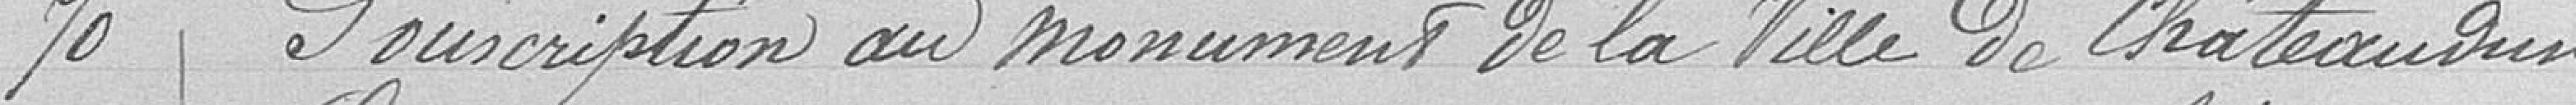
70 Souscription au monument de la Ville de Châteaudun